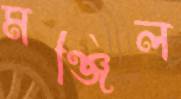
মঞ্জিল